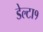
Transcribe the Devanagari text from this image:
डेल्टा१